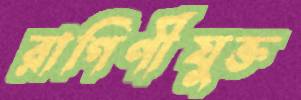
রাগিণীযুক্ত